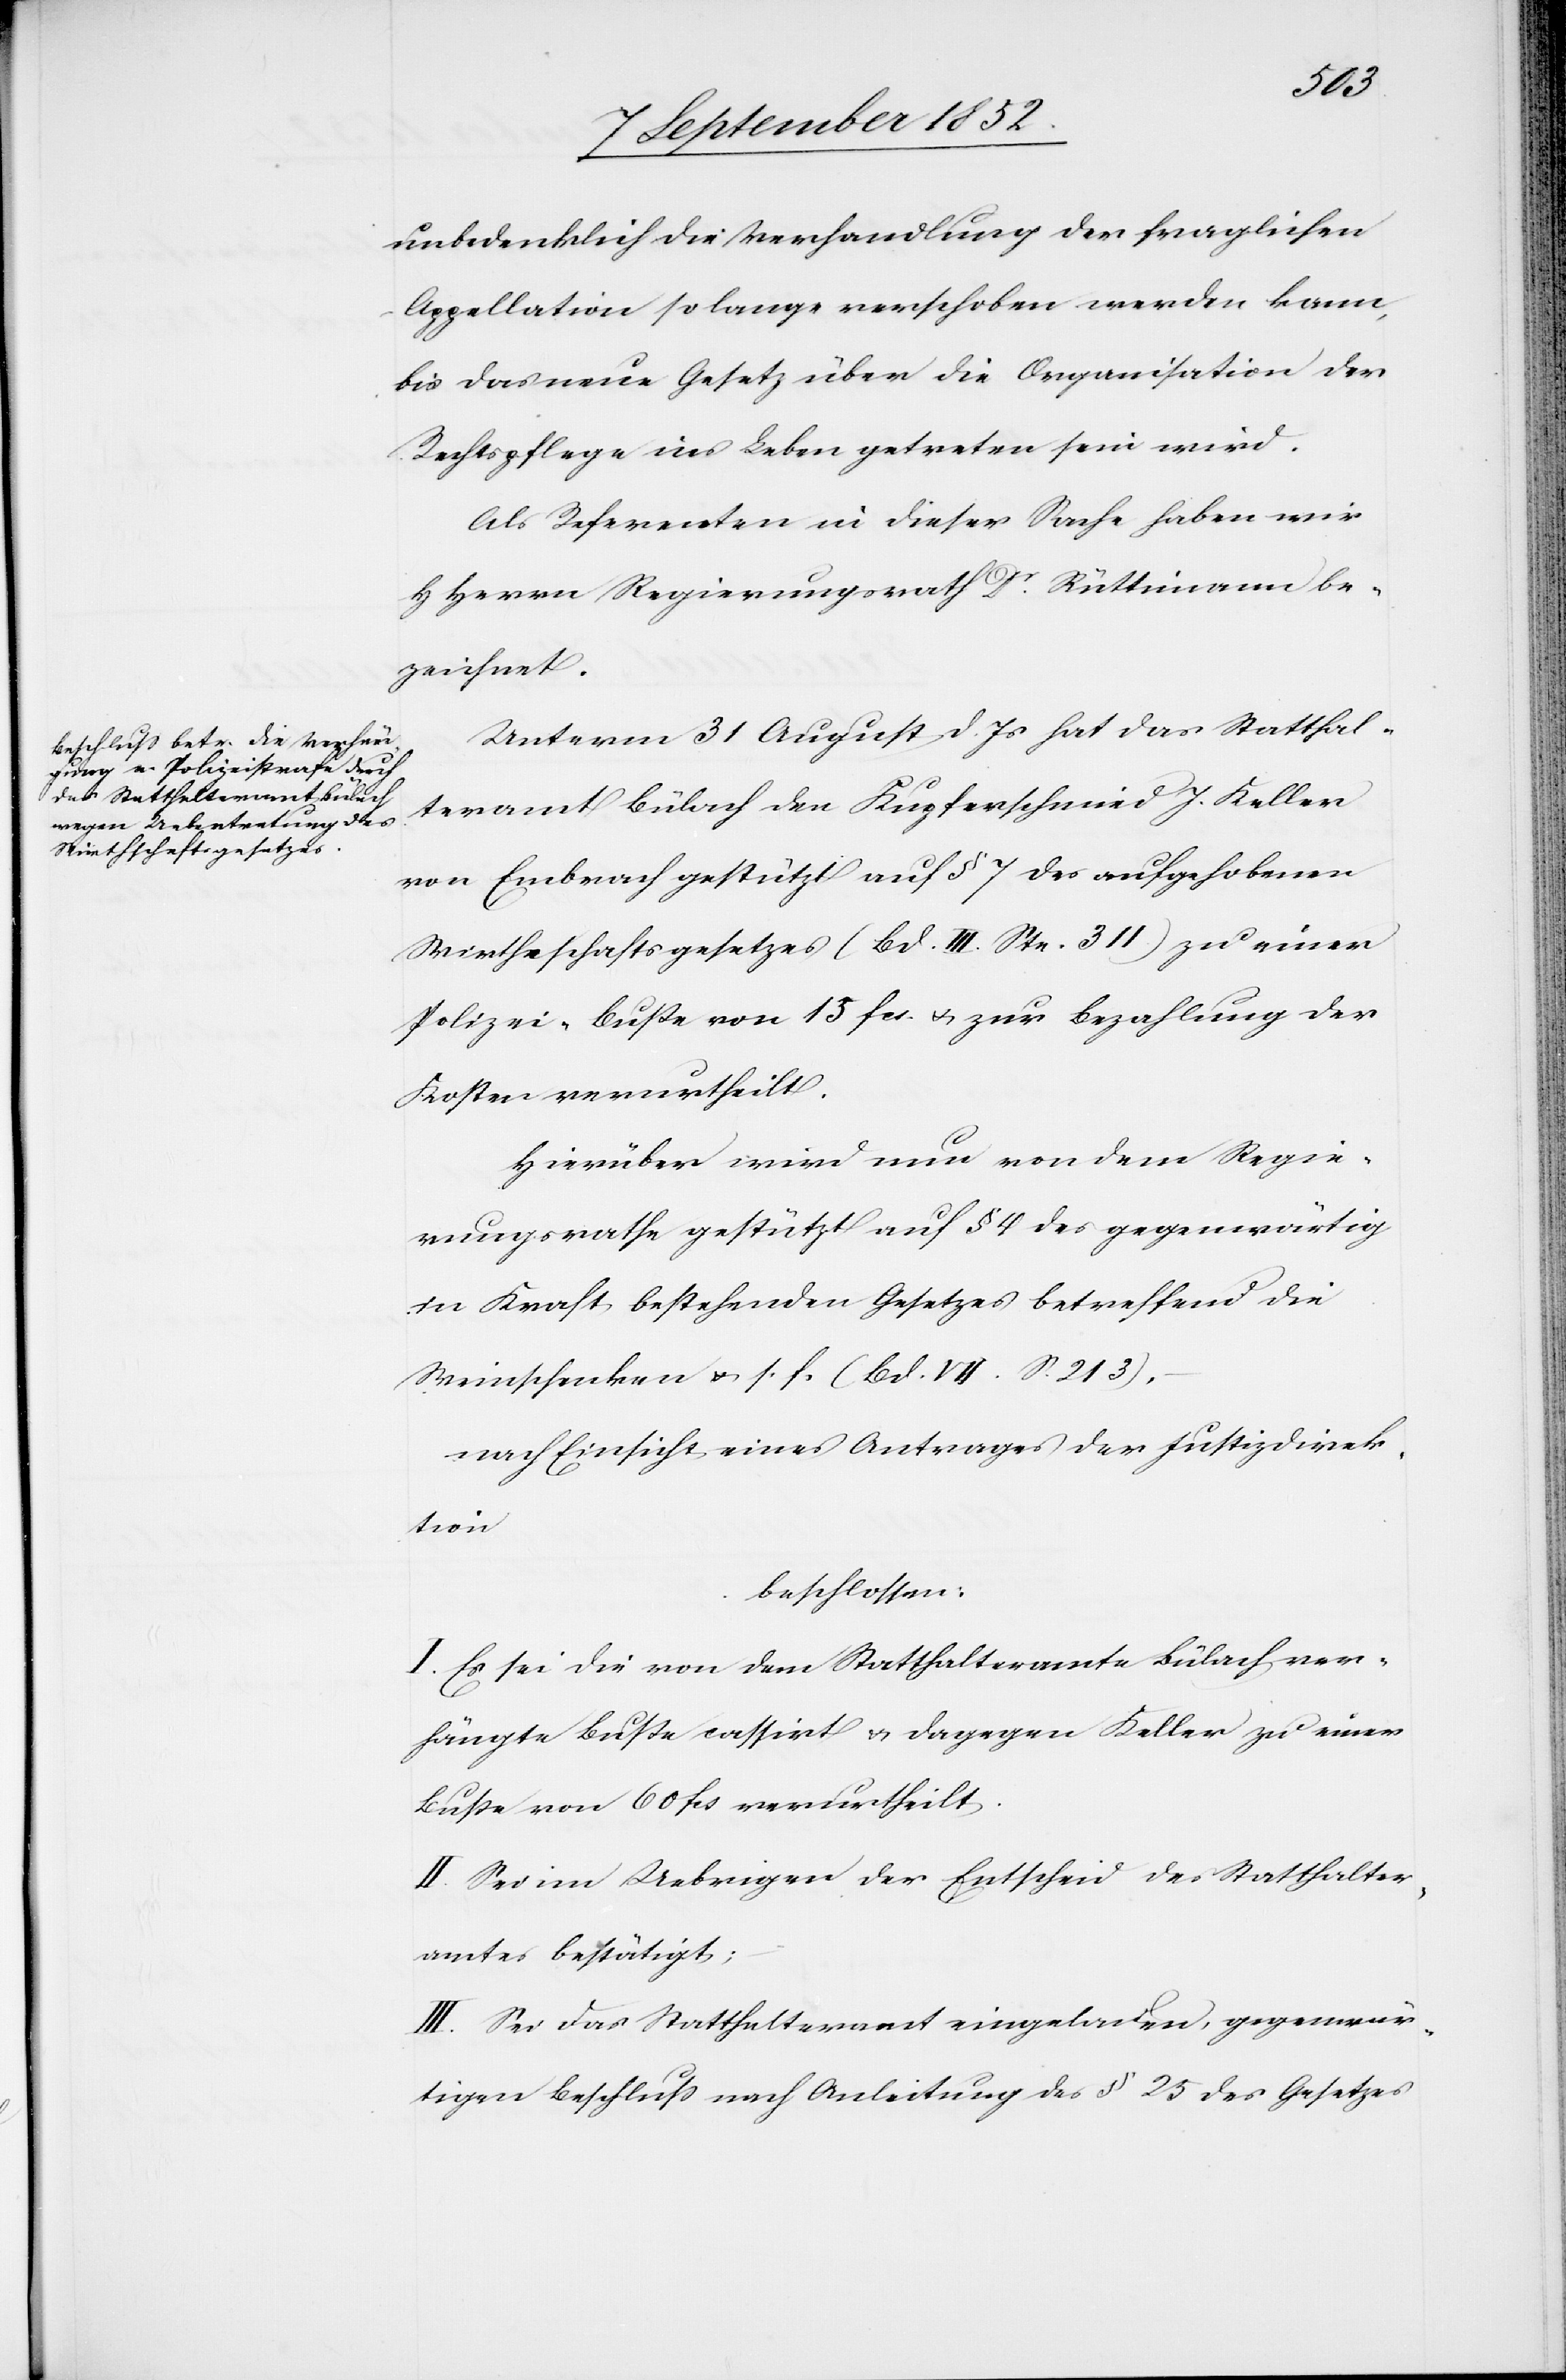
unbedenklich die Verhandlung der fraglichen
Appellation so lange verschoben werden kann,
bis das neue Gesetz über die Organisation der
Rechtspflege ins Leben getreten sein wird.
Als Referenten in dieser Sache haben wir
HHerrn Regierungsrath Dr. Rüttimann be¬
zeichnet.
Unterm 31. August d. Js hat das Statthal¬
teramt Bülach den Kupferschmied J. Keller
von Embrach gestützt auf § 7 des aufgehobenen
Wirthschaftsgesetzes (Bd. III. Ste. 311) zu einer
Polizei-Buße von 15 fcs. & zur Bezahlung der
Kosten verurtheilt.
Hierüber wird nun von dem Regie¬
rungsrathe gestützt auf § 4 des gegenwärtig
in Kraft bestehenden Gesetzes betreffend die
Weinschenken & s. f. (Bd. VII. S. 213),
nach Einsicht eines Antrages der Justizdirek¬
tion
beschlossen:
I. Es sei die von dem Statthalteramte Bülach ver¬
hängte Buße cassirt & dagegen Keller zu einer
Buße von 60 fcs verurtheilt.
II. Sei im Uebrigen der Entscheid des Statthalter¬
amtes bestätigt;
III. Sei das Statthalteramt eingeladen, gegenwär¬
tigen Beschluss nach Anleitung des § 25 des Gesetzes